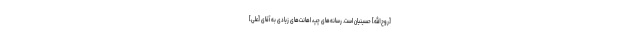
[روح‌الله] حسینیان است. رسانه‌هاى چپ، اهانت‌هاى زیادى به آقاى [علی]